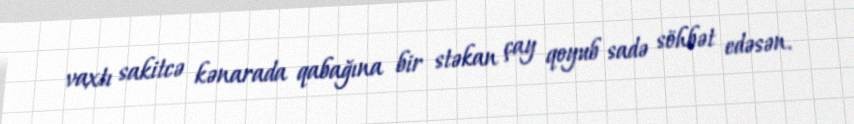
vaxtı sakitcə kənarada qabağına bir stəkan çay qoyub sadə söhbət edəsən.